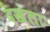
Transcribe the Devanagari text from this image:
दखेला